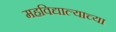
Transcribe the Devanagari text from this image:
महविद्याल्याच्या